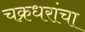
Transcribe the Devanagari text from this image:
चक्रधरांचा